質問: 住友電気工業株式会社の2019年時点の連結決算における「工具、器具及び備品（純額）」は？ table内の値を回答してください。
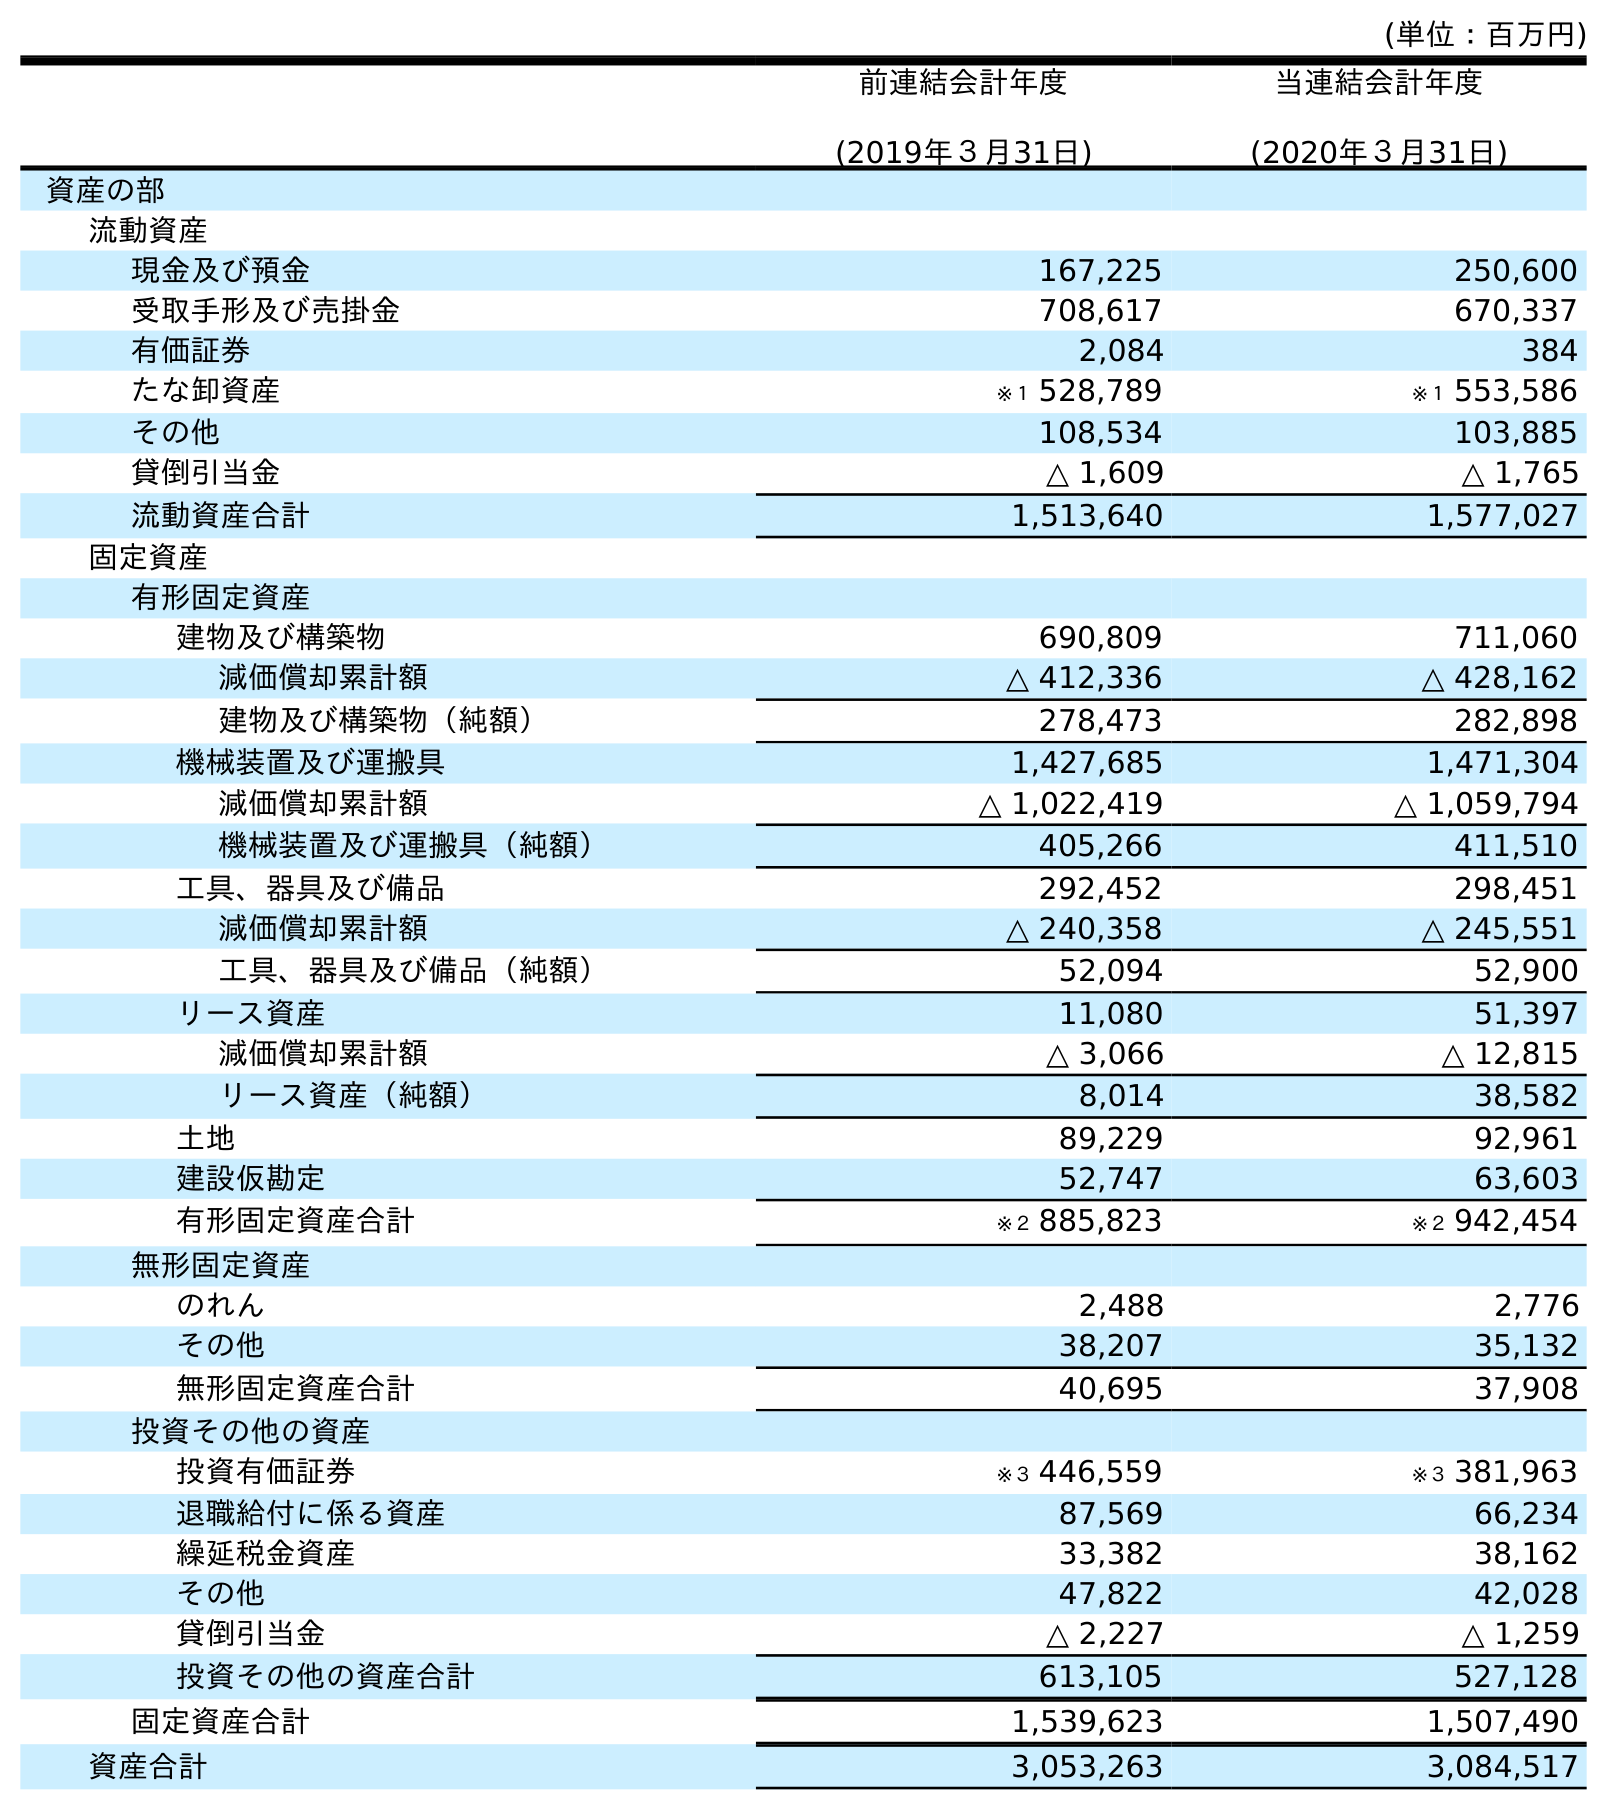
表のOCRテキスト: (単位：百万円) 前連結会計年度 (2019年３月31日) 当連結会計年度 (2020年３月31日) 資産の部 流動資産 現金及び預金 167,225 250,600 受取手形及び売掛金 708,617 670,337 有価証券 2,084 384 たな卸資産 ※１ 528,789 ※１ 553,586 その他 108,534 103,885 貸倒引当金 △ 1,609 △ 1,765 流動資産合計 1,513,640 1,577,027 固定資産 有形固定資産 建物及び構築物 690,809 711,060 減価償却累計額 △ 412,336 △ 428,162 建物及び構築物（純額） 278,473 282,898 機械装置及び運搬具 1,427,685 1,471,304 減価償却累計額 △ 1,022,419 △ 1,059,794 機械装置及び運搬具（純額） 405,266 411,510 工具、器具及び備品 292,452 298,451 減価償却累計額 △ 240,358 △ 245,551 工具、器具及び備品（純額） 52,094 52,900 リース資産 11,080 51,397 減価償却累計額 △ 3,066 △ 12,815 リース資産（純額） 8,014 38,582 土地 89,229 92,961 建設仮勘定 52,747 63,603 有形固定資産合計 ※２ 885,823 ※２ 942,454 無形固定資産 のれん 2,488 2,776 その他 38,207 35,132 無形固定資産合計 40,695 37,908 投資その他の資産 投資有価証券 ※３ 446,559 ※３ 381,963 退職給付に係る資産 87,569 66,234 繰延税金資産 33,382 38,162 その他 47,822 42,028 貸倒引当金 △ 2,227 △ 1,259 投資その他の資産合計 613,105 527,128 固定資産合計 1,539,623 1,507,490 資産合計 3,053,263 3,084,517
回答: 52,094